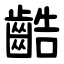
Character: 䶜